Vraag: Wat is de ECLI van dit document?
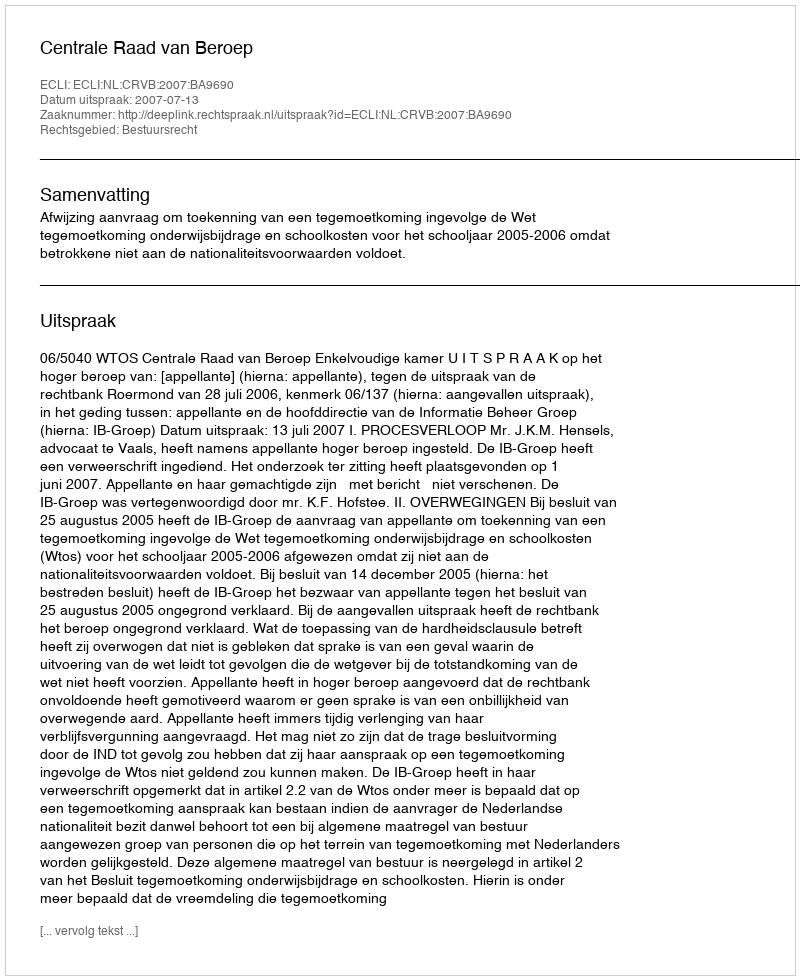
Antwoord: ECLI:NL:CRVB:2007:BA9690